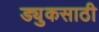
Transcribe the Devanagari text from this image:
ड्युकसाठी